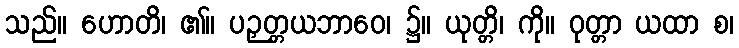
သည်။ ဟောတိ၊ ၏။ ပဉှတ္တယဘာဝေ၊ ၌။ ယုတ္တိ၊ ကို။ ဝုတ္တာ ယထာ စ၊